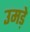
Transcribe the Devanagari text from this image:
उमड़े